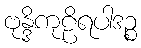
ဗုန္ဒိကုဠိရပါဒဉ္စ